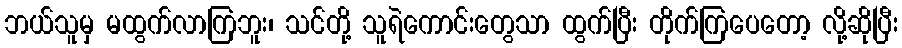
ဘယ်သူမှ မထွက်လာကြဘူး၊ သင်တို့ သူရဲကောင်းတွေသာ ထွက်ပြီး တိုက်ကြပေတော့ လို့ဆိုပြီး